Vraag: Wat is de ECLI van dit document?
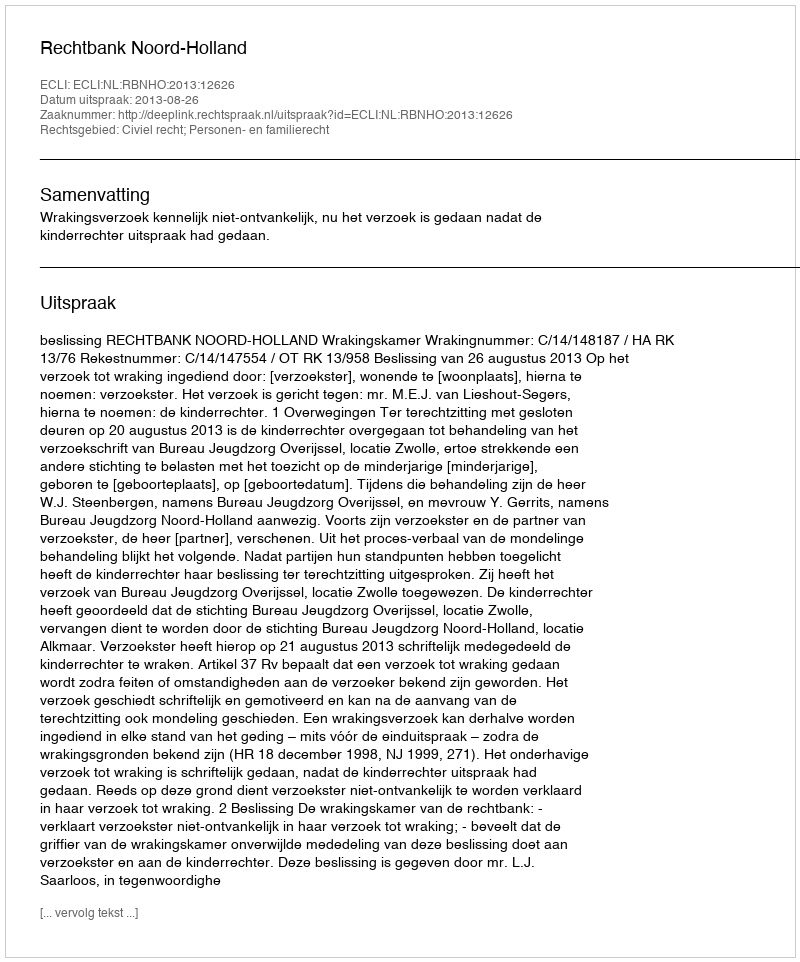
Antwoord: ECLI:NL:RBNHO:2013:12626